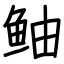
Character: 鲉